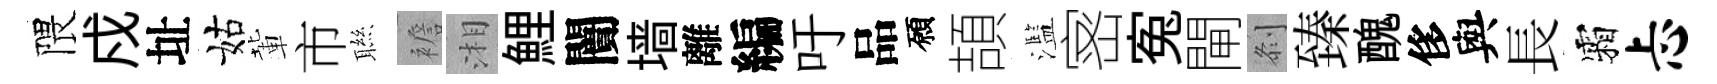
隈戍址姑輩市聮襜湘鯉闠墙離編吁品願頡濫宻寃閘𠛴臻醜侈與長霜忐